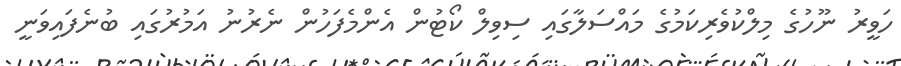
ހަވީރު ނޫހުގެ މިލްކުވެރިކަމުގެ މައްސަލާގައި ސިވިލް ކޯޓުން އެންމެފަހުން ނެރުނު އަމުރުގައި ބުނެފައިވަނީ